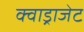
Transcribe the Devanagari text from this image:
क्वाड्राजेट